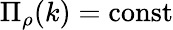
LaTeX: \Pi_{\rho}(k)=\mathrm{const}